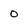
Character: 0